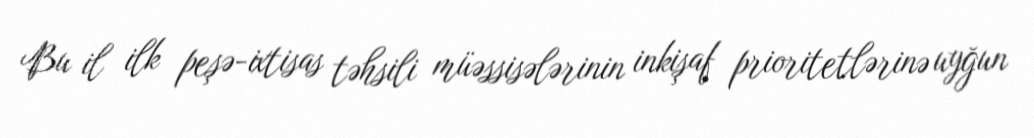
Bu il ilk peşə-ixtisas təhsili müəssisələrinin inkişaf prioritetlərinə uyğun